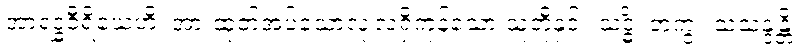
အာရဒ္ဓဝီရိယေဟိ၊ အားထုတ်အပ်သောလုံ့လရှိကုန်သော သူတို့နှင့်။ သဒ္ဓိံ၊ တကွ။ သံသန္ဒန္တိ၊